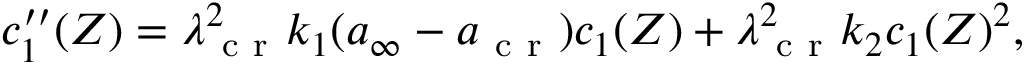
\begin{array} { r } { c _ { 1 } ^ { \prime \prime } ( Z ) = \lambda _ { \mathrm { ~ c ~ r ~ } } ^ { 2 } k _ { 1 } ( { a } _ { \infty } - { a } _ { \mathrm { ~ c ~ r ~ } } ) c _ { 1 } ( Z ) + \lambda _ { \mathrm { ~ c ~ r ~ } } ^ { 2 } k _ { 2 } c _ { 1 } ( Z ) ^ { 2 } , } \end{array}